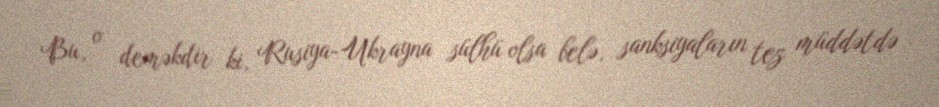
Bu, o deməkdir ki, Rusiya-Ukrayna sülhü olsa belə, sanksiyaların tez müddətdə